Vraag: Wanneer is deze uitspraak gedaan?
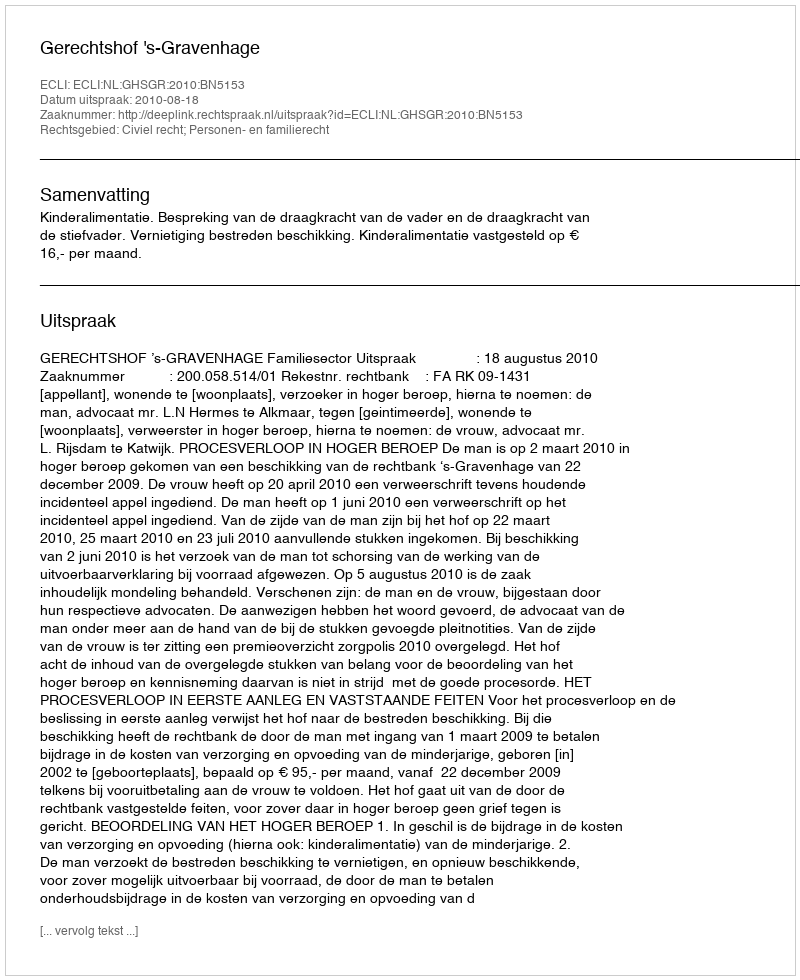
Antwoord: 2010-08-18